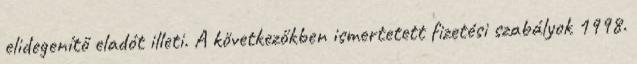
elidegenítő eladót illeti. A következőkben ismertetett fizetési szabályok 1998.